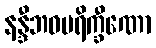
နန္ဒီဘဝပရိက္ခီဏော